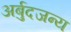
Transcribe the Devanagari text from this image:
अर्बुदजन्य